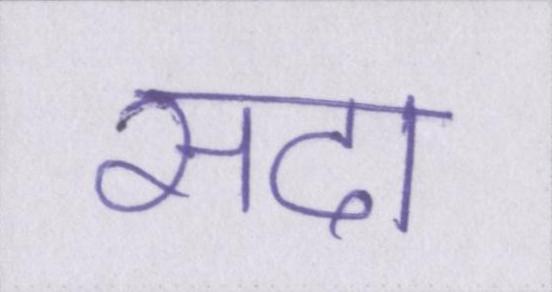
सदा